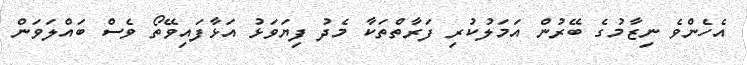
އެހެންވެ ނިޒާމުގެ ބޭރުން އަމަލުކުރި ފަރާތްތަކާ މެދު ފިޔަވަޅު އަޅާފައިވޭތޯ ވެސް ބައްލަވަން